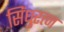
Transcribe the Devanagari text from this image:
सिंधुरत्न